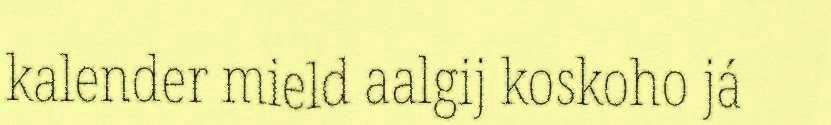
kalender mield aalgij koskoho já